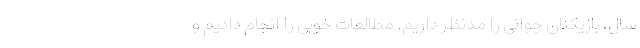
سال، بازیکنان جوانی را مدنظر داریم. مطالعات خوبی را انجام دادیم و